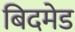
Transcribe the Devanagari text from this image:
बिदमेड